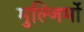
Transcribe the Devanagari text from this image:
मुल्जिमों